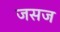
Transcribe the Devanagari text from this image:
जसज